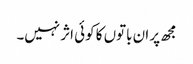
مجھ پر ان باتوں کا کوئی اثر نہیں۔